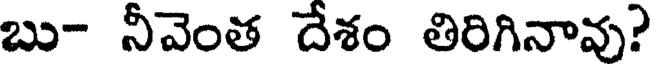
బు- నీవెంత దేశం తిరిగినావు?